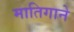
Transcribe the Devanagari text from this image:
मातिगाने